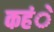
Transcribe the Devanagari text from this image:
कहंे